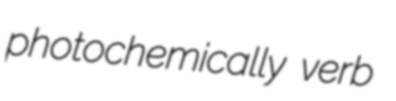
photochemically verb